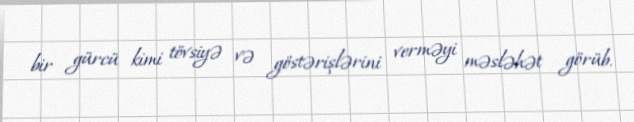
bir gürcü kimi tövsiyə və göstərişlərini verməyi məsləhət görüb.